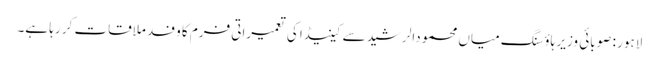
لاہور : صوبائی وزیر ہاؤسنگ میاں محمودالرشید سے کینیڈا کی تعمیراتی فرم کا وفد ملاقات کر رہا ہے۔